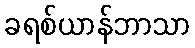
ခရစ်ယာန်ဘာသာ